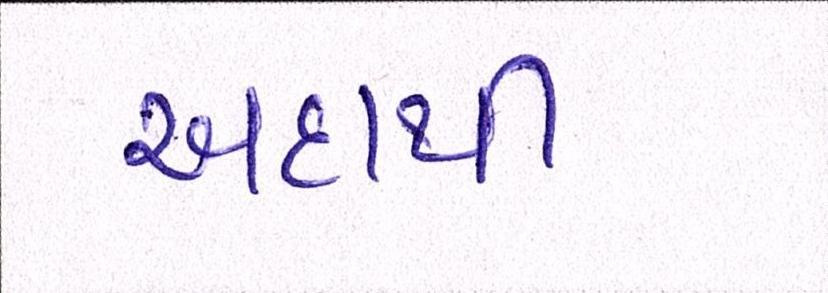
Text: અદાથી